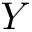
Y